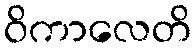
ဝိကာလေတိ